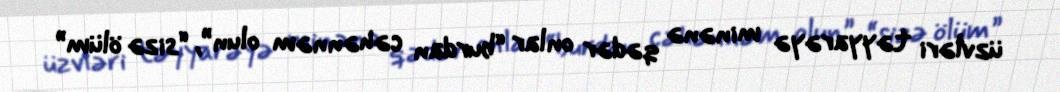
üzvləri təyyarəyə minənə qədər onlar “burdan cəhənnəm olun”, “sizə ölüm”